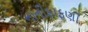
નાનીફાફણી